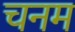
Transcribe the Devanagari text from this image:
चनम